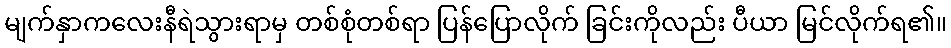
မျက်နှာကလေးနီရဲသွားရာမှ တစ်စုံတစ်ရာ ပြန်ပြောလိုက် ခြင်းကိုလည်း ပီယာ မြင်လိုက်ရ၏။